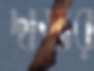
দাগার